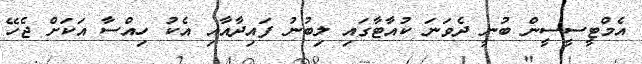
އެމްޓީސީސީން ބުނީ ދެވަނަ ކުއާޓާގައި ލިބުނު ފައިދާއާއި އެކު ހިއްސާ އަކަށް ޖެހޭ